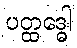
ပတ္ထဒ္ဓေါ